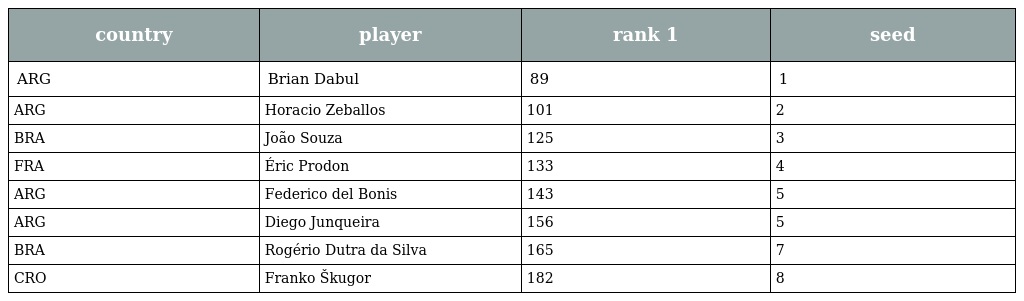
| country | player | rank 1 | seed |
 | --- | --- | --- | --- |
 | ARG | Brian Dabul | 89 | 1 |
 | ARG | Horacio Zeballos | 101 | 2 |
 | BRA | João Souza | 125 | 3 |
 | FRA | Éric Prodon | 133 | 4 |
 | ARG | Federico del Bonis | 143 | 5 |
 | ARG | Diego Junqueira | 156 | 5 |
 | BRA | Rogério Dutra da Silva | 165 | 7 |
 | CRO | Franko Škugor | 182 | 8 |